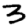
Digit: 3